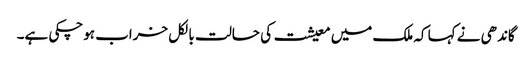
گاندھی نے کہا کہ ملک میں معیشت کی حالت بالکل خراب ہوچکی ہے۔